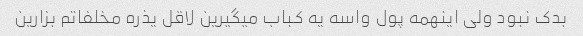
بدک نبود ولی اینهمه پول واسه یه کباب میگیرین لاقل یذره مخلفاتم بزارین